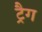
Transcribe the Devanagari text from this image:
ट्रैग